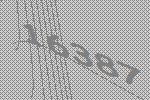
16387